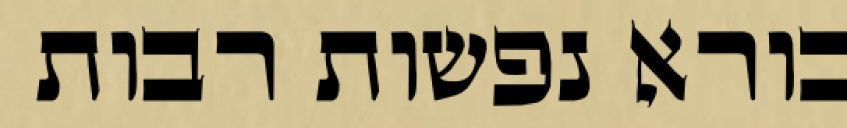
בורא נפשות רבות